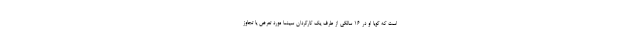
است که گویا او در 16 سالگی از طرف یک کارگردان سینما مورد تعرض یا تجاوز